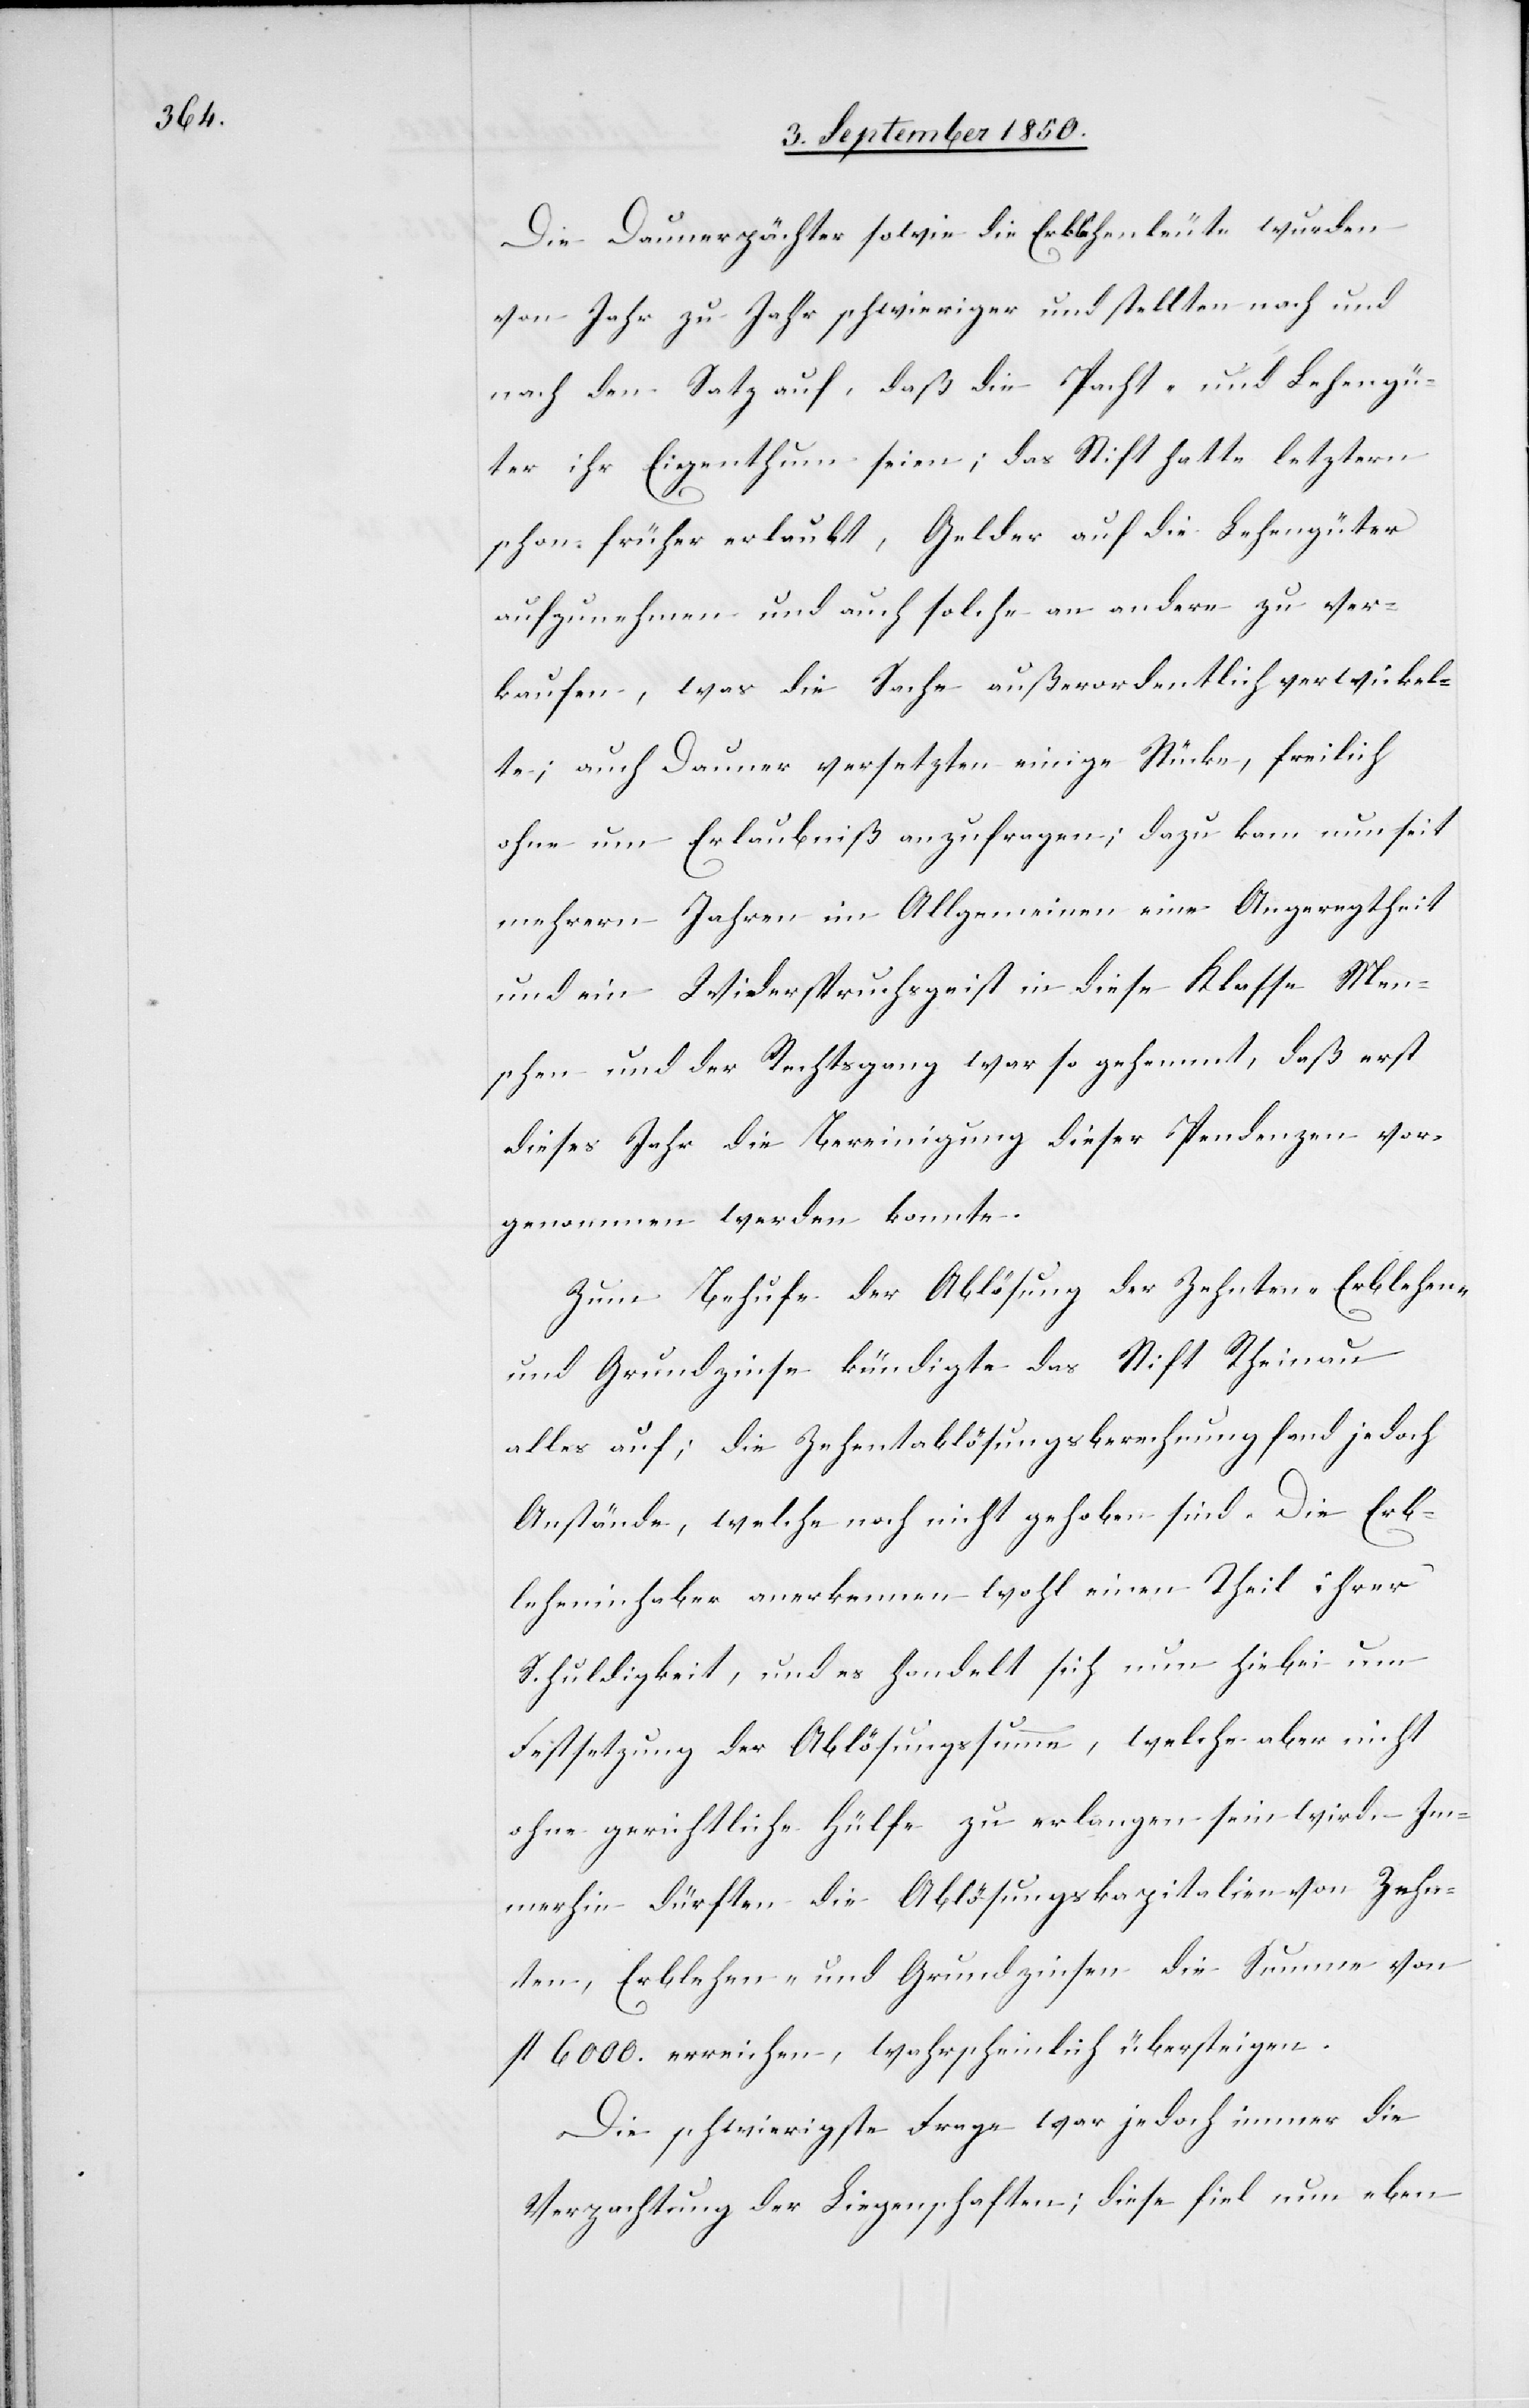
Die Daunerpächter sowie die Erblehenleute wurden
von Jahr zu Jahr schwieriger und stellten nach und
nach den Satz auf, daß die Pacht- und Lehengü¬
ter ihr Eigenthum seien; das Stift hatte letztern
schon früher erlaubt, Gelder auf die Lehengüter
aufzunehmen und auch solche an andere zu ver¬
kaufen, was die Sache außerordentlich verwickel¬
te; auch Dauner versetzten einige Stücke, freilich
ohne um Erlaubniß anzufragen; dazu kam nun seit
mehrern Jahren im Allgemeinen eine Angeregtheit
und ein Widerspruchsgeist in diese Klasse Men¬
schen und der Rechtsgang war so gehemmt, daß erst
dieses Jahr die Bereinigung dieser Pendenzen vor¬
genommen werden konnte.
Zum Behufe der Ablösung der Zehnten-[,] Erblehen-
und Grundzinse bündigte das Stift Rheinau
alles auf; die Zehentablösungsberechnung fand jedoch
Anstände, welche noch nicht gehoben sind. Die Erb¬
leheninhaber anerkennen wohl einen Theil ihrer
Schuldigkeit, und es handelt sich nun hiebei um
Festsetzung der Ablösungssumme, welche aber nicht
ohne gerichtliche Hülfe zu erlangen sein wird. – Im¬
merhin dürften die Ablösungskapitalien von Zehn¬
ten[-], Erblehen- und Grundzinsen die Summe von
fl 6000. erreichen, wahrscheinlich übersteigen.
Die schwierigste Frage war jedoch immer die
Verpachtung der Liegenschaften; diese fiel nun eben